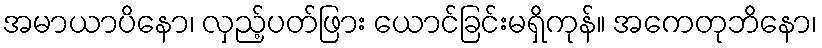
အမာယာပိနော၊ လှည့်ပတ်ဖြား ယောင်ခြင်းမရှိကုန်။ အကေတုဘိနော၊